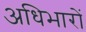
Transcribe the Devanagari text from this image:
अधिभारों